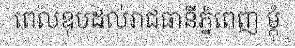
ពេលឌុបដល់រាជធានីភ្នំពេញ ម្តុំ